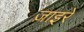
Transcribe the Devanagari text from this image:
ज़ाइरे